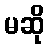
မဆို